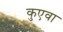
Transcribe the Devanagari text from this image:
कुएवा